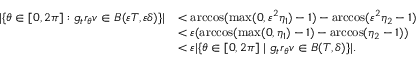
\begin{array} { r l } { | \{ \theta \in [ 0 , 2 \pi ] : g _ { t } r _ { \theta } v \in B ( \varepsilon T , \varepsilon \delta ) \} | } & { < \operatorname { a r c c o s } ( \operatorname* { m a x } ( 0 , \varepsilon ^ { 2 } \eta _ { 1 } ) - 1 ) - \operatorname { a r c c o s } ( \varepsilon ^ { 2 } \eta _ { 2 } - 1 ) } \\ & { < \varepsilon ( \operatorname { a r c c o s } ( \operatorname* { m a x } ( 0 , \eta _ { 1 } ) - 1 ) - \operatorname { a r c c o s } ( \eta _ { 2 } - 1 ) ) } \\ & { < \varepsilon | \{ \theta \in [ 0 , 2 \pi ] \ | \ g _ { t } r _ { \theta } v \in B ( T , \delta ) \} | . } \end{array}